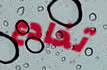
تخادع